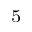
_ 5